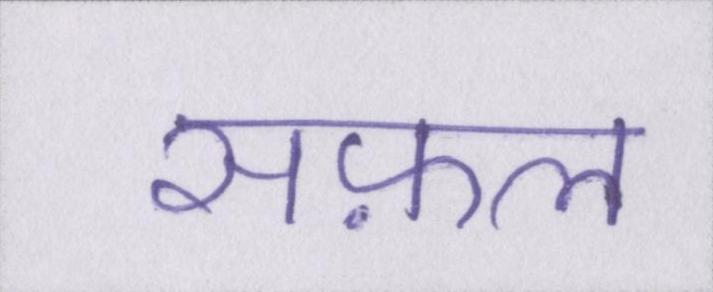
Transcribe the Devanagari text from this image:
सफ़ल